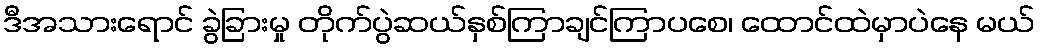
ဒီအသားရောင် ခွဲခြားမှု တိုက်ပွဲဆယ်နှစ်ကြာချင်ကြာပစေ၊ ထောင်ထဲမှာပဲနေ မယ်